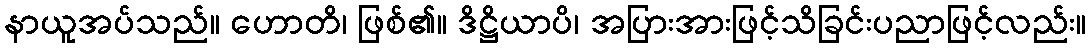
နာယူအပ်သည်။ ဟောတိ၊ ဖြစ်၏။ ဒိဋ္ဌိယာပိ၊ အပြားအားဖြင့်သိခြင်းပညာဖြင့်လည်း။